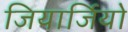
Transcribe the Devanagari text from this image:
जियार्जियो